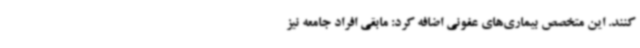
کنند. این متخصص بیماری‌های عفونی اضافه کرد: مابقی افراد جامعه نیز